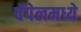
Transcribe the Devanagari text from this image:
चॅपेलमध्ये